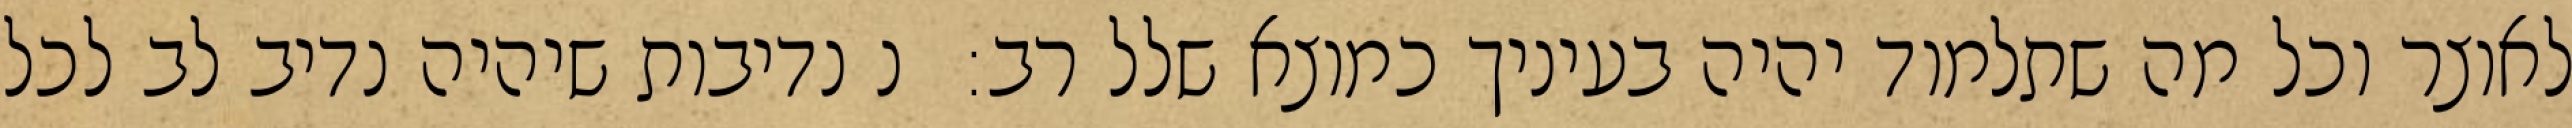
לאוצר וכל מה שתלמוד יהיה בעיניך כמוצא שלל רב:  נ נדיבות שיהיה נדיב לב לכל